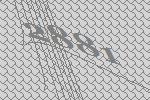
2881